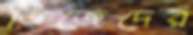
ডিজেদের